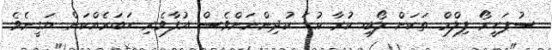
ސުޕަހީރޯ ފިލްމް ތަކަށް ލޯބި ކުރާ ކުޑަ ކުދިންނަށްވެސް އުފާވެރި ހަބަރެއްކަން ޔަގީނެވެ